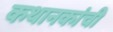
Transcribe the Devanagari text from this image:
कथानकांची